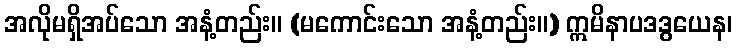
အလိုမရှိအပ်သော အနံ့တည်း။ (မကောင်းသော အနံ့တည်း။) ဣမိနာပဒဒွယေန၊